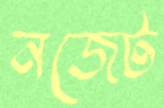
নজেট